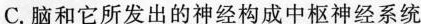
C.脑和它所发出的神经构成中枢神经系统